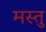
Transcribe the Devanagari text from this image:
मस्तु